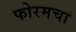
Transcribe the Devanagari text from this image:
फोरमचा